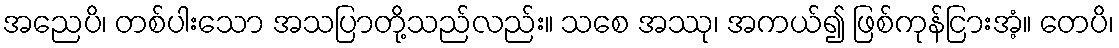
အညေပိ၊ တစ်ပါးသော အသပြာတို့သည်လည်း။ သစေ အဿု၊ အကယ်၍ ဖြစ်ကုန်ငြားအံ့။ တေပိ၊